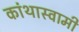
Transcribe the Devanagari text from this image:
कांथास्वामी